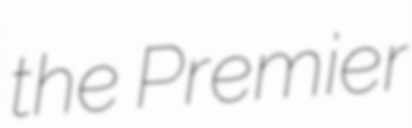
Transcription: the Premier